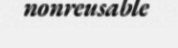
nonreusable